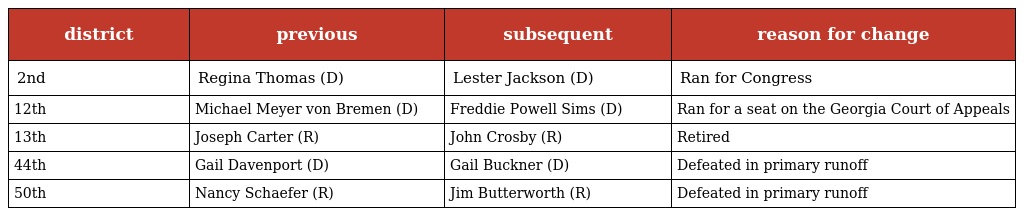
| district | previous | subsequent | reason for change |
 | --- | --- | --- | --- |
 | 2nd | Regina Thomas (D) | Lester Jackson (D) | Ran for Congress |
 | 12th | Michael Meyer von Bremen (D) | Freddie Powell Sims (D) | Ran for a seat on the Georgia Court of Appeals |
 | 13th | Joseph Carter (R) | John Crosby (R) | Retired |
 | 44th | Gail Davenport (D) | Gail Buckner (D) | Defeated in primary runoff |
 | 50th | Nancy Schaefer (R) | Jim Butterworth (R) | Defeated in primary runoff |